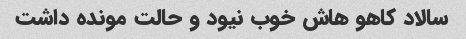
سالاد کاهو هاش خوب نیود و حالت مونده داشت